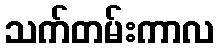
သက်တမ်းကာလ